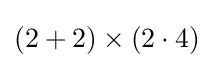
(2+2)\times (2\cdot 4)